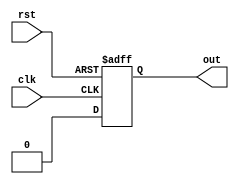
module ring_counter(
    input wire clk,
    input wire rst,
    output reg out
);

reg [3:0] counter_reg;

always @ (posedge clk or posedge rst) begin
    if (rst) begin
        counter_reg <= 4'b0001;
    end else begin
        counter_reg <= counter_reg << 1;
    end
end

assign out = counter_reg[0];

endmodule